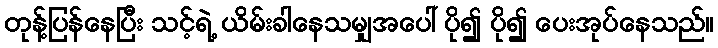
တုန့်ပြန်နေပြီး သင့်ရဲ့ ယိမ်းခါနေသမျှအပေါ် ပို၍ ပို၍ ပေးအုပ်နေသည်။